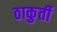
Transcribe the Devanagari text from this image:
ठाकुर्ती